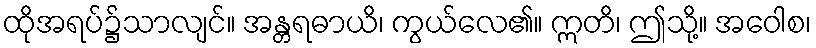
ထိုအရပ်၌သာလျင်။ အန္တရဓာယိ၊ ကွယ်လေ၏။ ဣတိ၊ ဤသို့။ အဝေါစ၊